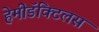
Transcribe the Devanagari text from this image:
हेमीडॅक्टिलस